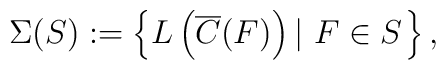
\Sigma(S):=\left\{L\left(\overline{C}(F)\right) \left|\ F\in S\right.\right\},